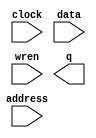
// megafunction wizard: %RAM: 1-PORT%VBB%
// GENERATION: STANDARD
// VERSION: WM1.0
// MODULE: altsyncram 

// ============================================================
// Megafunction Name(s):
// 			altsyncram
//
// Simulation Library Files(s):
// 			altera_mf
// ============================================================
// ************************************************************
// THIS IS A WIZARD-GENERATED FILE. DO NOT EDIT THIS FILE!
//
// 8.1 Build 163 10/28/2008 SJ Web Edition
// ************************************************************

//Copyright (C) 1991-2008 Altera Corporation
//Your use of Altera Corporation's design tools, logic functions 
//and other software and tools, and its AMPP partner logic 
//functions, and any output files from any of the foregoing 
//(including device programming or simulation files), and any 
//associated documentation or information are expressly subject 
//to the terms and conditions of the Altera Program License 
//Subscription Agreement, Altera MegaCore Function License 
//Agreement, or other applicable license agreement, including, 
//without limitation, that your use is for the sole purpose of 
//programming logic devices manufactured by Altera and sold by 
//Altera or its authorized distributors.  Please refer to the 
//applicable agreement for further details.

module ram_hit_sprite (
	address,
	clock,
	data,
	wren,
	q);

	input	[14:0]  address;
	input	  clock;
	input	[3:0]  data;
	input	  wren;
	output	[3:0]  q;

endmodule

// ============================================================
// CNX file retrieval info
// ============================================================
// Retrieval info: PRIVATE: ADDRESSSTALL_A NUMERIC "0"
// Retrieval info: PRIVATE: AclrAddr NUMERIC "0"
// Retrieval info: PRIVATE: AclrByte NUMERIC "0"
// Retrieval info: PRIVATE: AclrData NUMERIC "0"
// Retrieval info: PRIVATE: AclrOutput NUMERIC "0"
// Retrieval info: PRIVATE: BYTE_ENABLE NUMERIC "0"
// Retrieval info: PRIVATE: BYTE_SIZE NUMERIC "8"
// Retrieval info: PRIVATE: BlankMemory NUMERIC "0"
// Retrieval info: PRIVATE: CLOCK_ENABLE_INPUT_A NUMERIC "0"
// Retrieval info: PRIVATE: CLOCK_ENABLE_OUTPUT_A NUMERIC "0"
// Retrieval info: PRIVATE: Clken NUMERIC "0"
// Retrieval info: PRIVATE: DataBusSeparated NUMERIC "1"
// Retrieval info: PRIVATE: IMPLEMENT_IN_LES NUMERIC "0"
// Retrieval info: PRIVATE: INIT_FILE_LAYOUT STRING "PORT_A"
// Retrieval info: PRIVATE: INIT_TO_SIM_X NUMERIC "0"
// Retrieval info: PRIVATE: INTENDED_DEVICE_FAMILY STRING "Cyclone II"
// Retrieval info: PRIVATE: JTAG_ENABLED NUMERIC "0"
// Retrieval info: PRIVATE: JTAG_ID STRING "NONE"
// Retrieval info: PRIVATE: MAXIMUM_DEPTH NUMERIC "0"
// Retrieval info: PRIVATE: MIFfilename STRING "hit.mif"
// Retrieval info: PRIVATE: NUMWORDS_A NUMERIC "32768"
// Retrieval info: PRIVATE: RAM_BLOCK_TYPE NUMERIC "0"
// Retrieval info: PRIVATE: READ_DURING_WRITE_MODE_PORT_A NUMERIC "3"
// Retrieval info: PRIVATE: RegAddr NUMERIC "1"
// Retrieval info: PRIVATE: RegData NUMERIC "1"
// Retrieval info: PRIVATE: RegOutput NUMERIC "0"
// Retrieval info: PRIVATE: SYNTH_WRAPPER_GEN_POSTFIX STRING "0"
// Retrieval info: PRIVATE: SingleClock NUMERIC "1"
// Retrieval info: PRIVATE: UseDQRAM NUMERIC "1"
// Retrieval info: PRIVATE: WRCONTROL_ACLR_A NUMERIC "0"
// Retrieval info: PRIVATE: WidthAddr NUMERIC "15"
// Retrieval info: PRIVATE: WidthData NUMERIC "4"
// Retrieval info: PRIVATE: rden NUMERIC "0"
// Retrieval info: CONSTANT: CLOCK_ENABLE_INPUT_A STRING "BYPASS"
// Retrieval info: CONSTANT: CLOCK_ENABLE_OUTPUT_A STRING "BYPASS"
// Retrieval info: CONSTANT: INIT_FILE STRING "hit.mif"
// Retrieval info: CONSTANT: INTENDED_DEVICE_FAMILY STRING "Cyclone II"
// Retrieval info: CONSTANT: LPM_HINT STRING "ENABLE_RUNTIME_MOD=NO"
// Retrieval info: CONSTANT: LPM_TYPE STRING "altsyncram"
// Retrieval info: CONSTANT: NUMWORDS_A NUMERIC "32768"
// Retrieval info: CONSTANT: OPERATION_MODE STRING "SINGLE_PORT"
// Retrieval info: CONSTANT: OUTDATA_ACLR_A STRING "NONE"
// Retrieval info: CONSTANT: OUTDATA_REG_A STRING "UNREGISTERED"
// Retrieval info: CONSTANT: POWER_UP_UNINITIALIZED STRING "FALSE"
// Retrieval info: CONSTANT: WIDTHAD_A NUMERIC "15"
// Retrieval info: CONSTANT: WIDTH_A NUMERIC "4"
// Retrieval info: CONSTANT: WIDTH_BYTEENA_A NUMERIC "1"
// Retrieval info: USED_PORT: address 0 0 15 0 INPUT NODEFVAL address[14..0]
// Retrieval info: USED_PORT: clock 0 0 0 0 INPUT NODEFVAL clock
// Retrieval info: USED_PORT: data 0 0 4 0 INPUT NODEFVAL data[3..0]
// Retrieval info: USED_PORT: q 0 0 4 0 OUTPUT NODEFVAL q[3..0]
// Retrieval info: USED_PORT: wren 0 0 0 0 INPUT NODEFVAL wren
// Retrieval info: CONNECT: @address_a 0 0 15 0 address 0 0 15 0
// Retrieval info: CONNECT: q 0 0 4 0 @q_a 0 0 4 0
// Retrieval info: CONNECT: @clock0 0 0 0 0 clock 0 0 0 0
// Retrieval info: CONNECT: @data_a 0 0 4 0 data 0 0 4 0
// Retrieval info: CONNECT: @wren_a 0 0 0 0 wren 0 0 0 0
// Retrieval info: LIBRARY: altera_mf altera_mf.altera_mf_components.all
// Retrieval info: GEN_FILE: TYPE_NORMAL ram_hit_sprite.v TRUE
// Retrieval info: GEN_FILE: TYPE_NORMAL ram_hit_sprite.inc FALSE
// Retrieval info: GEN_FILE: TYPE_NORMAL ram_hit_sprite.cmp FALSE
// Retrieval info: GEN_FILE: TYPE_NORMAL ram_hit_sprite.bsf TRUE
// Retrieval info: GEN_FILE: TYPE_NORMAL ram_hit_sprite_inst.v FALSE
// Retrieval info: GEN_FILE: TYPE_NORMAL ram_hit_sprite_bb.v TRUE
// Retrieval info: GEN_FILE: TYPE_NORMAL ram_hit_sprite_waveforms.html TRUE
// Retrieval info: GEN_FILE: TYPE_NORMAL ram_hit_sprite_wave*.jpg FALSE
// Retrieval info: LIB_FILE: altera_mf